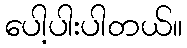
ပေါ့ပါးပါတယ်။